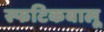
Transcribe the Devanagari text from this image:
स्फटिकबालू